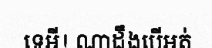
ទេអី! ណាដឹងបើអត់